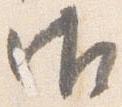
御